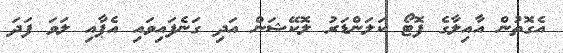
އެގޮތުން އާއިލާގެ ފޮޓޯ ކަލަންޑަރު ލޮކޭޝަން އަދި ގަނެފައިވައި އެޕާއި ލަވަ ފަދަ